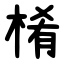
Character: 㮁